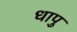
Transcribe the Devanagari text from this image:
धापु